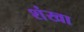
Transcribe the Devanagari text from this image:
शंखा